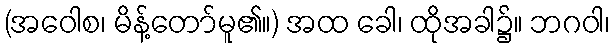
(အဝေါစ၊ မိန့်တော်မူ၏။) အထ ခေါ၊ ထိုအခါ၌။ ဘဂဝါ၊